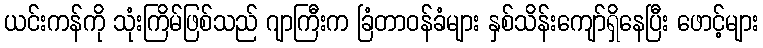
ယင်းကန်ကို သုံးကြိမ်ဖြစ်သည် ဂျာကြီးက ခြံတာဝန်ခံများ နှစ်သိန်းကျော်ရှိနေပြီး ဖောင့်များ